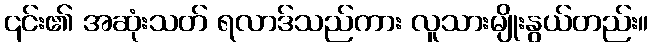
၎င်း၏ အဆုံးသတ် ရလာဒ်သည်ကား လူသားမျိုးနွယ်တည်း။